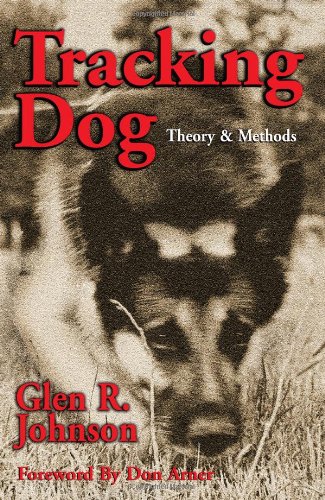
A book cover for Tracking Dog: Theory & Methods; Glen R. Johnson; Sports & Outdoors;